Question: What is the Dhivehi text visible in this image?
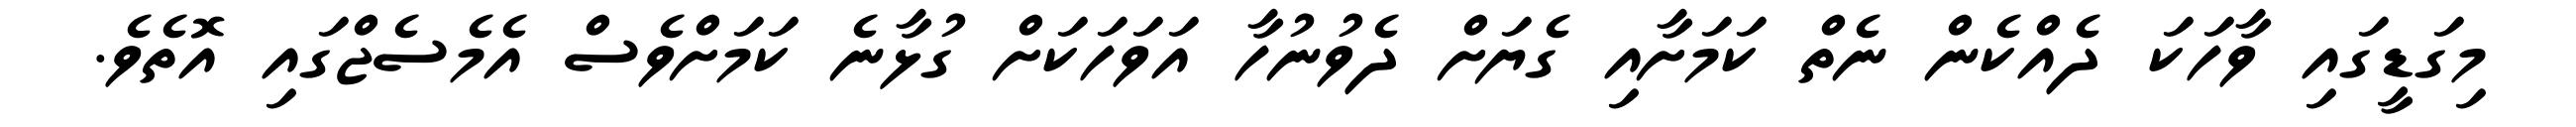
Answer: މިގަޑީގައި ވާހަކަ ދެއްކެން ނެތް ކަމަށާއި ގެޔަށް ދެވުނުހާ އަވަހަކަށް ގުޅާނެ ކަމަށްވެސް އެމެސެޖްގައި އޮތެވެ.